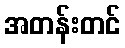
အတန်းတင်